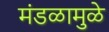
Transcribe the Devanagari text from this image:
मंडळामुळे